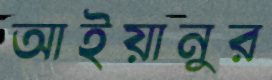
আইয়ানুর